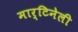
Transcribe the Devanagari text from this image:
मार्टिनेली